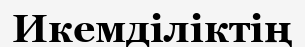
Икемділіктің